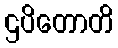
ဌပိတောတိ